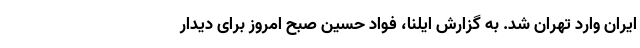
ایران وارد تهران شد. به گزارش ایلنا، فواد حسین صبح امروز برای دیدار